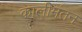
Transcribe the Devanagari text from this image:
कालीमंतन